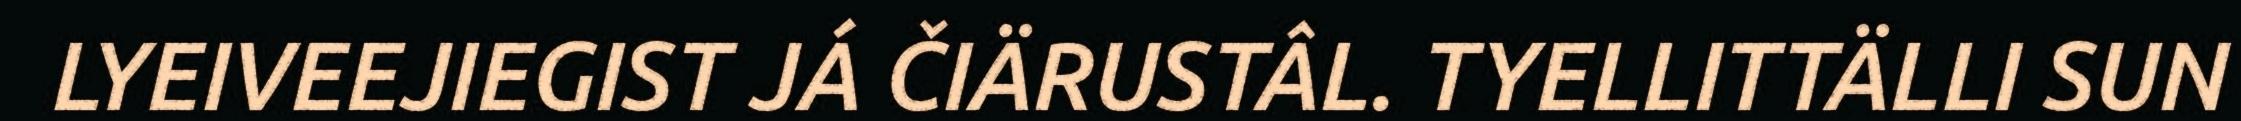
LYEIVEEJIEGIST JÁ ČIÄRUSTÂL. TYELLITTÄLLI SUN